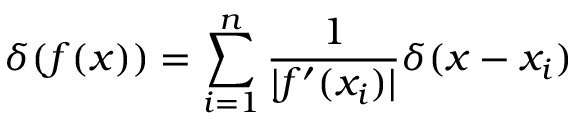
\delta ( f ( x ) ) = \sum _ { i = 1 } ^ { n } \frac { 1 } { | f ^ { \prime } ( x _ { i } ) | } \delta ( x - x _ { i } )